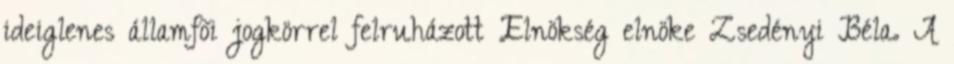
ideiglenes államfõi jogkörrel felruházott Elnökség elnöke Zsedényi Béla. A